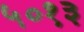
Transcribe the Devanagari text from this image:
५०१३